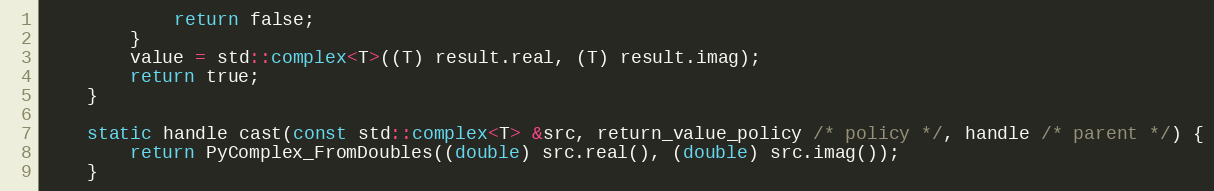
Language: C
            return false;
        }
        value = std::complex<T>((T) result.real, (T) result.imag);
        return true;
    }

    static handle cast(const std::complex<T> &src, return_value_policy /* policy */, handle /* parent */) {
        return PyComplex_FromDoubles((double) src.real(), (double) src.imag());
    }